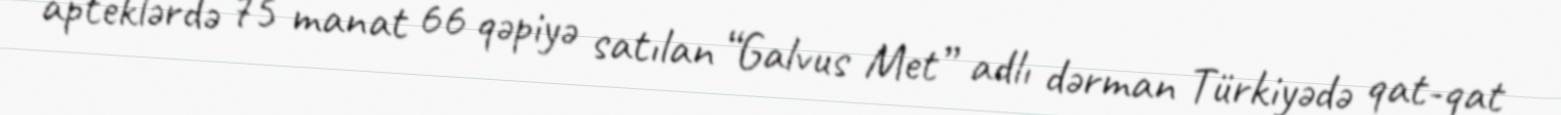
apteklərdə 75 manat 66 qəpiyə satılan “Galvus Met” adlı dərman Türkiyədə qat-qat